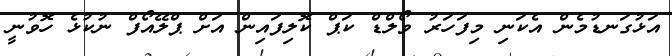
އަޅުގަނޑުމެން އެކަނި މިފަހަރު ވޯލްޑް ކަޕް ކޮލިފައިން އަށް ޕްލޭއޯފް ނުކުޅެ ހޮވުނީ